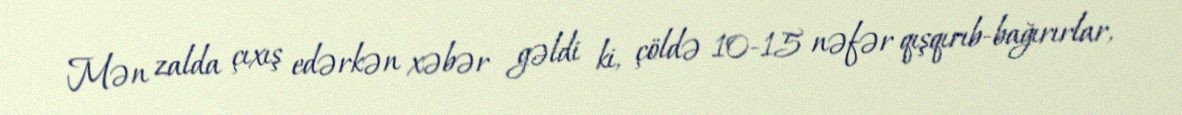
Mən zalda çıxış edərkən xəbər gəldi ki, çöldə 10-15 nəfər qışqırıb-bağırırlar,